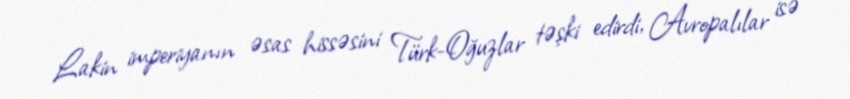
Lakin imperiyanın əsas hissəsini Türk-Oğuzlar təşki edirdi, Avropalılar isə